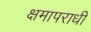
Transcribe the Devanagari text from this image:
क्षमापराधी